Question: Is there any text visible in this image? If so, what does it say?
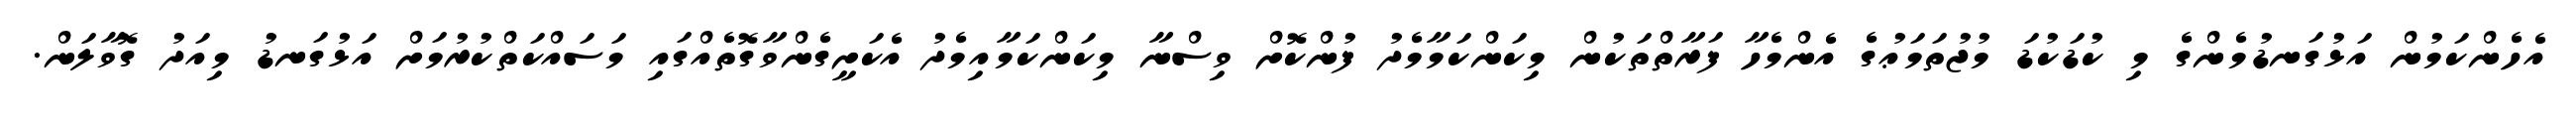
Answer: އެހެންކަމުން އަޅުގަނޑުމެންގެ މި ކުޑަކުޑަ މުޖުތަމަޢުގެ އެންމެހާ ފަރާތްތަކުން މިކަންކަމާމެދު ފުންކޮށް ވިސްނާ މިކަންކަމާއިމެދު އެކަށީގެންވާގޮތެއްގައި މަސައްކަތްކުރުމަށް އަޅުގަނޑު މިއަދު ގޮވާލަން.